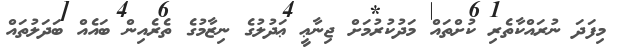
މިފަދަ ނުރައްކާތެރި ކުށްތައް މަދުކުރުމަށް ޖިނާޢީ ޢަދުލުގެ ނިޒާމުގެ ތެރެއިން ބައެއް ބަދަލުތައް